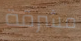
مشرقة